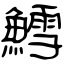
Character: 鱈